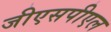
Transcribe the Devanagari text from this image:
जीएसपीएल